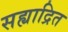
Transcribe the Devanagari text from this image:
सह्याद्रित